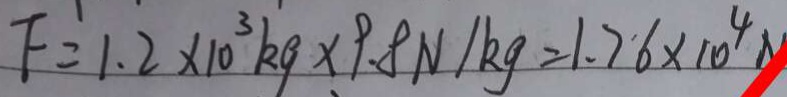
F = 1 . 2 \times 1 0 ^ { 3 } k g \times 9 . 8 N / k g = 1 . 7 6 \times 1 0 ^ { 4 } N